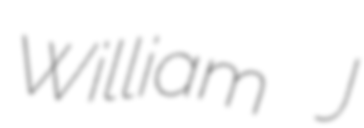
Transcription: William J